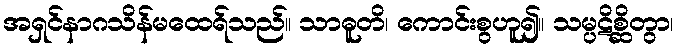
အရှင်နာဂသိန်မထေရ်သည်။ သာဓူတိ၊ ကောင်းစွဟူ၍။ သမ္ပဋိစ္ဆိတွာ၊